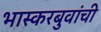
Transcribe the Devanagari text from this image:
भास्करबुवांची